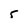
Character: 5